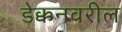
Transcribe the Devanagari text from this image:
डेक्कनवरील